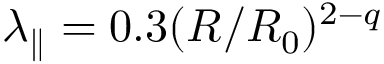
\lambda _ { \parallel } = 0 . 3 ( R / R _ { 0 } ) ^ { 2 - q }